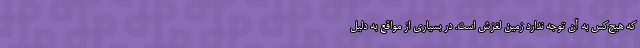
که هیچ‌کس به آن توجه ندارد زمین لغزش است. در بسیاری از مواقع به دلیل